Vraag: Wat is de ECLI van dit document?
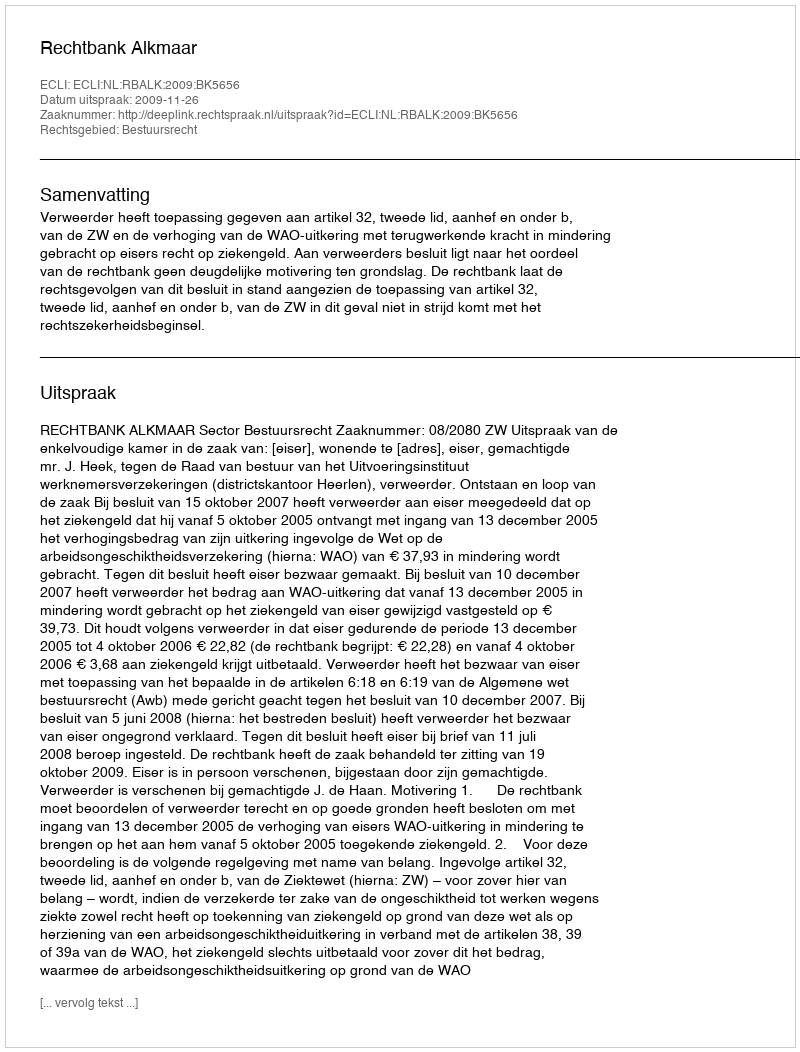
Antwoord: ECLI:NL:RBALK:2009:BK5656